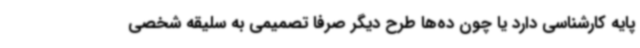
پایه کارشناسی دارد یا چون ده‌ها طرح دیگر صرفا تصمیمی به سلیقه شخصی